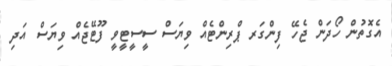
އެގޮތުން ހޯދަން ޖެހޭ ފިންގަރ ޕްރިންޓެއް ވިޔަސް ސީސީޓީވީ ފޫޓޭޖެއް ވިޔަސް އަދި